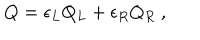
LaTeX: Q = \epsilon _ { L } Q _ { L } + \epsilon _ { R } Q _ { R } \ ,